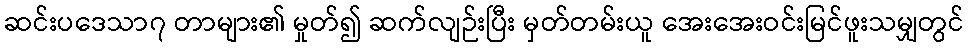
ဆင်းပဒေသာ၇ တာများ၏ မှုတ်၍ ဆက်လျဉ်းပြီး မှတ်တမ်းယူ အေးအေးဝင်းမြင်ဖူးသမျှတွင်